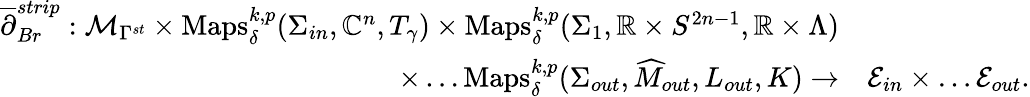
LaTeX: \begin{array}{rl}{\overline{{\partial}}_{Br}^{strip}:\mathcal{M}_{\Gamma^{st}}\times\mathrm{Maps}_{\delta}^{k,p}(\Sigma_{in},\mathbb{C}^{n},T_{\gamma})\times\mathrm{Maps}_{\delta}^{k,p}(\Sigma_{1},\mathbb{R}\times S^{2n-1},\mathbb{R}\times\Lambda)}\\ {\times\dots\mathrm{Maps}_{\delta}^{k,p}(\Sigma_{out},\widehat M_{out},L_{out},K)\to}&{\mathcal{E}_{in}\times\dots\mathcal{E}_{out}.}\end{array}